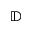
\mathbb { D }